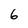
Character: 6